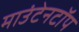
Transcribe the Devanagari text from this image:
माउंटेनटॉप